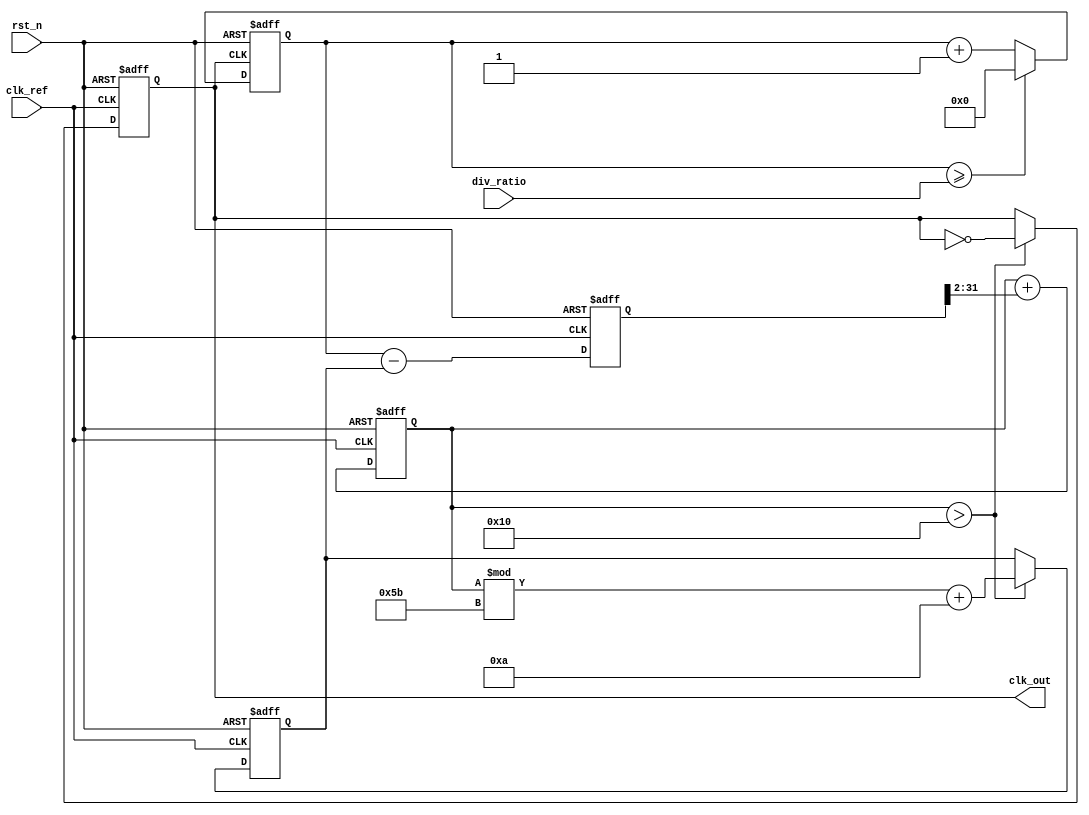
module pll (
    input wire clk_ref,          // Reference clock input
    input wire rst_n,           // Active low reset
    input wire [3:0] div_ratio, // Division ratio for feedback
    output reg clk_out          // PLL output clock
);

    // Internal signals
    reg [31:0] phase_error;        // Phase error signal
    reg [31:0] control_voltage;     // Control voltage for VCO
    reg [31:0] vco_output;          // VCO output
    reg [31:0] feedback_counter;    // Counter for feedback division
    reg [31:0] lock_time_counter;   // Counter for lock time
    reg vco_enabled;                // VCO enable flag

    // Parameters for tuning
    parameter PHASE_LOCK_THRESHOLD = 32'h00000010; // Phase lock threshold
    parameter VCO_MAX_FREQ = 100;                  // Maximum VCO frequency (adjustable)
    parameter VCO_MIN_FREQ = 10;                   // Minimum VCO frequency (adjustable)

    // Phase Detector (PD)
    always @(posedge clk_ref or negedge rst_n) begin
        if (!rst_n) begin
            phase_error <= 32'h0;
        end else begin
            // Simplistic phase detection: output the difference
            // In a real design, this would be a proper phase comparison logic
            phase_error = feedback_counter - vco_output;
        end
    end

    // Low Pass Filter (LPF)
    always @(posedge clk_ref or negedge rst_n) begin
        if (!rst_n) begin
            control_voltage <= 32'h0;
        end else begin
            // Simple LPF implementation, in reality more complex filtering would be needed
            control_voltage <= control_voltage + (phase_error >> 2); // Simple averaging
        end
    end

    // Voltage-Controlled Oscillator (VCO)
    always @(posedge clk_ref or negedge rst_n) begin
        if (!rst_n) begin
            vco_output <= 32'h0;
            clk_out <= 0;
            vco_enabled <= 0;
        end else if (control_voltage > PHASE_LOCK_THRESHOLD) begin
            // Adjust output based on control voltage
            vco_output <= (control_voltage % (VCO_MAX_FREQ - VCO_MIN_FREQ + 1)) + VCO_MIN_FREQ;
            clk_out <= ~clk_out; // Generate output clock - toggle method
            vco_enabled <= 1;
        end
    end

    // Feedback Divider Logic
    always @(posedge clk_out or negedge rst_n) begin
        if (!rst_n) begin
            feedback_counter <= 0;
        end else begin
            // Feedback division based on division ratio
            if (feedback_counter >= div_ratio) begin
                feedback_counter <= 0; // Reset counter
            end else begin
                feedback_counter <= feedback_counter + 1; // Increment
            end
        end
    end

    // Lock Time Control
    always @(posedge clk_ref or negedge rst_n) begin
        if (!rst_n) begin
            lock_time_counter <= 0;
        end else if (vco_enabled) begin
            lock_time_counter <= lock_time_counter + 1;
        end
    end

endmodule